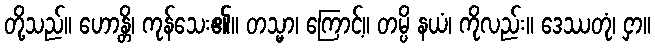
တို့သည်။ ဟောန္တိ၊ ကုန်သေး၏။ တသ္မာ၊ ကြောင့်။ တမ္ပိ နယံ၊ ကိုလည်း။ ဒေဿတုံ၊ ငှာ။